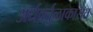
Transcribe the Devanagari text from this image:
अर्धवर्तुळाकारात